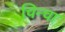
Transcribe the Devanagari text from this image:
चिन्चा